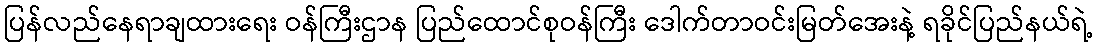
ပြန်လည်နေရာချထားရေး ဝန်ကြီးဌာန ပြည်ထောင်စုဝန်ကြီး ဒေါက်တာဝင်းမြတ်အေးနဲ့ ရခိုင်ပြည်နယ်ရဲ့